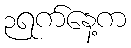
၃ရက်နေ့က